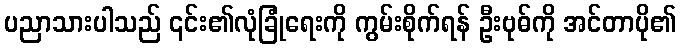
ပညာသားပါသည် ၎င်း၏လုံခြုံရေးကို ကွမ်းစိုက်ရန် ဦးဗုဓ်ကို အင်တာပို၏